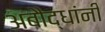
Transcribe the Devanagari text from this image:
अबौद्धांनी